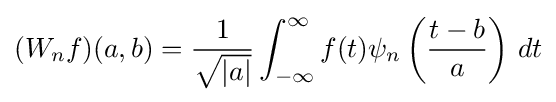
(W_{n}f)(a,b)={\frac {1}{\sqrt {|a|}}}\int _{-\infty }^{\infty }f(t)\psi _{n}\left({\frac {t-b}{a}}\right)\,dt